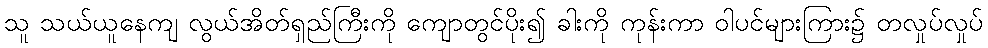
သူ သယ်ယူနေကျ လွယ်အိတ်ရှည်ကြီးကို ကျောတွင်ပိုး၍ ခါးကို ကုန်းကာ ဝါပင်များကြား၌ တလှုပ်လှုပ်